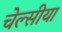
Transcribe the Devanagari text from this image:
चेल्सीया